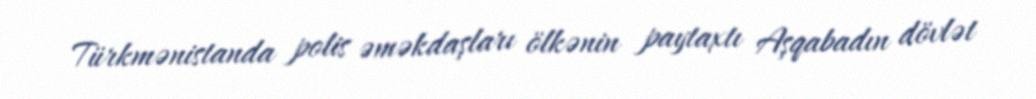
Türkmənistanda polis əməkdaşları ölkənin paytaxtı Aşqabadın dövlət